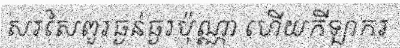
សរសៃពួរធ្ងន់ធ្ងរប៉ុណ្ណា ហើយកីឡាករ